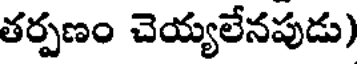
తర్పణం చెయ్యలేనపుడు)